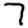
Digit: 7